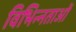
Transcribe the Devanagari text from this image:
विभिन्‍नताओं